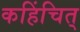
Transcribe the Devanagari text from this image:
कहिंचित्‌